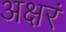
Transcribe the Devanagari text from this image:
अक्षरं